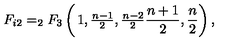
F _ { i 2 } = _ { 2 } F _ { 3 } \left( \begin{matrix} { 1 , \frac { n - 1 } { 2 } , \frac { n - 2 } { 2 } } \\ { \frac { n + 1 } { 2 } , \frac { n } { 2 } } \\ \end{matrix} \right) ,